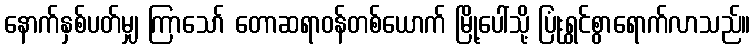
နောက်နှစ်ပတ်မျှ ကြာသော် တောဆရာဝန်တစ်ယောက် မြို့ပေါ်သို့ ပြုံးရွှင်စွာရောက်လာသည်။